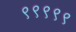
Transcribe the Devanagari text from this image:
९९९९९